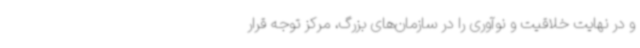
و در نهایت خلاقیت و نوآوری را در سازمان‌های بزرگ، مرکز توجه قرار